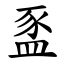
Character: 䀃